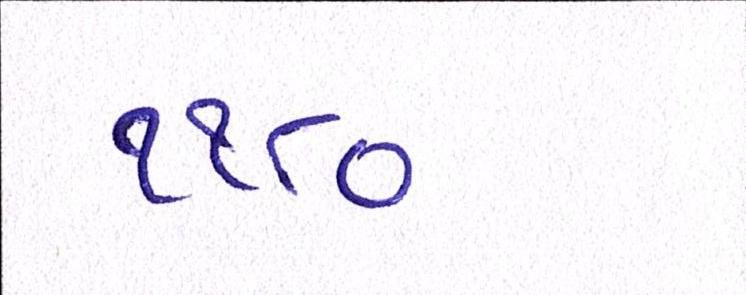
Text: ૧૧૮૦